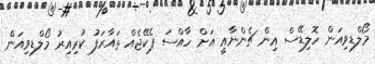
މޯލްޑިވިއަން ހޮލިޑޭސް އިން ޗެންނާއީ އަށް ހާއްސަ ޕެކޭޖެއް ތައާރަފު ކުރިއިރު މޯލްޑިވިއަން